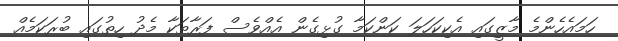
ހަމައެހެންމެ މާޒީގައި އެކިކަހަލަ ކަންކަމާ ގުޅިގެން އެއްވެސް ފަރާތަކާ މެދު ހިތުގައި ބުރަކަމެއް